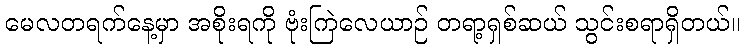
မေလတရက်နေ့မှာ အစိုးရကို ဗုံးကြဲလေယာဉ် တရာ့ရှစ်ဆယ် သွင်းစရာရှိတယ်။